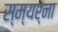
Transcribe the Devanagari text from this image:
स्म्यर्ना